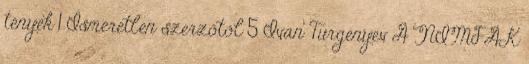
tények 1 Ismeretlen szerzőtől 5 Ivan Turgenyev A NIMFÁK